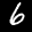
Label: 6